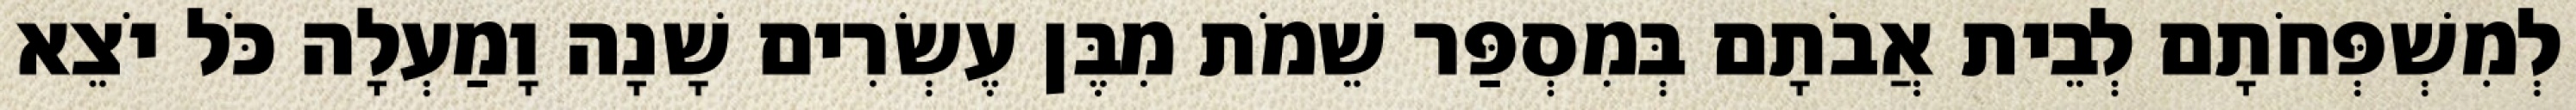
לְמִשְׁפְּחֹתָם לְבֵית אֲבֹתָם בְּמִסְפַּר שֵׁמֹת מִבֶּן עֶשְׂרִים שָׁנָה וָמַעְלָה כֹּל יֹצֵא